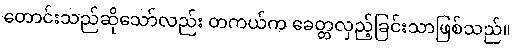
တောင်းသည်ဆိုသော်လည်း တကယ်က ခေတ္တလှည့်ခြင်းသာဖြစ်သည်။